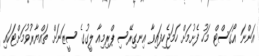
އަންނަ އޯގަސްޓް މަހު ފެށުމަށް ހަމަޖެހިފައިވާ އިނގިރޭސި ޕްރިމިއާ ލީގުގެ ސީޒަނަށް ތައްޔާރުވުމަށްޓަކައި